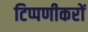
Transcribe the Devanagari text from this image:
टिप्पणीकरों